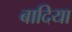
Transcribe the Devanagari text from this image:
बादिया